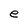
Character: e